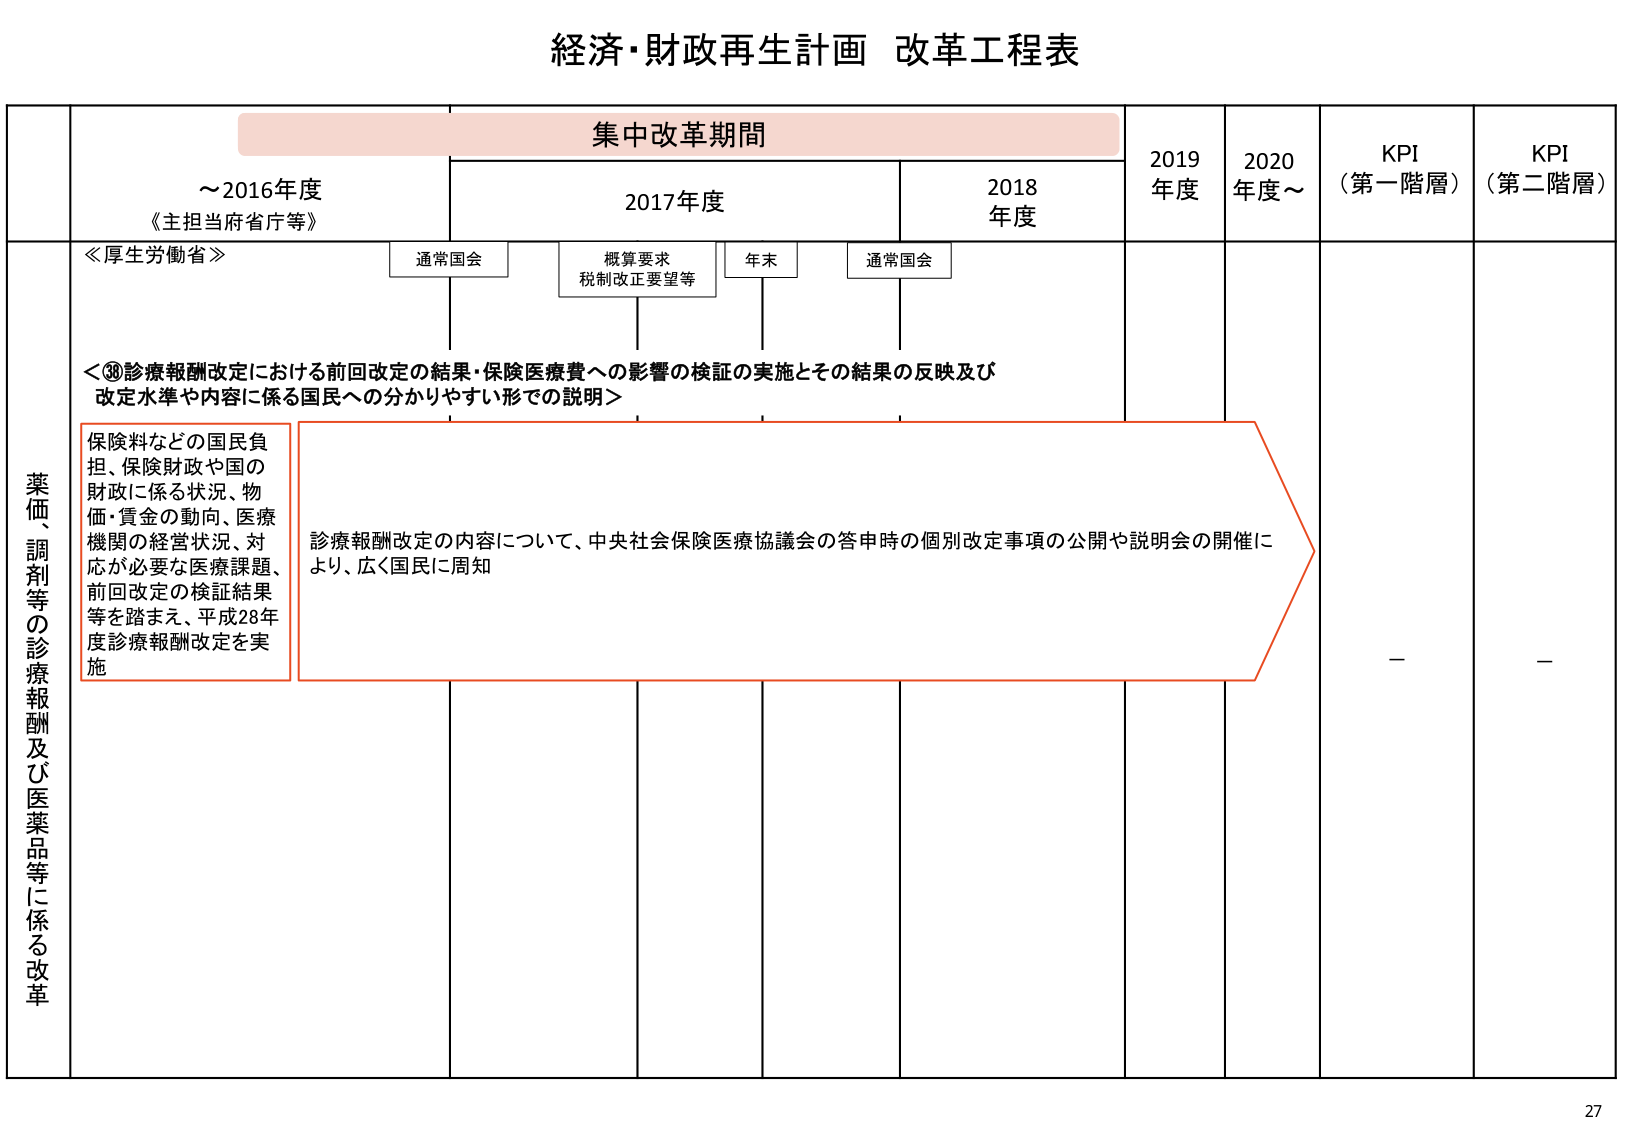
経済・財政再生計画 改革工程表

集中改革期間

～2016年度
《主担当府省庁等》

2017年度

2018年度

2019年度

2020年度～

KPI
（第一階層）

KPI
（第二階層）

≪厚生労働省≫

通常国会

概算要求
税制改正要望等

年末

通常国会

＜③診療報酬改定における前回改定の結果・保険医療費への影響の検証の実施とその結果の反映及び
改定水準や内容に係る国民への分かりやすい形での説明＞

薬価、調剤等の診療報酬及び医薬品等に係る改革

保険料などの国民負担、保険財政や国の財政に係る状況、物価・賃金の動向、医療機関の経営状況、対応が必要な医療課題、前回改定の検証結果等を踏まえ、平成28年度診療報酬改定を実施

診療報酬改定の内容について、中央社会保険医療協議会の答申時の個別改定事項の公開や説明会の開催により、広く国民に周知

－

－

27